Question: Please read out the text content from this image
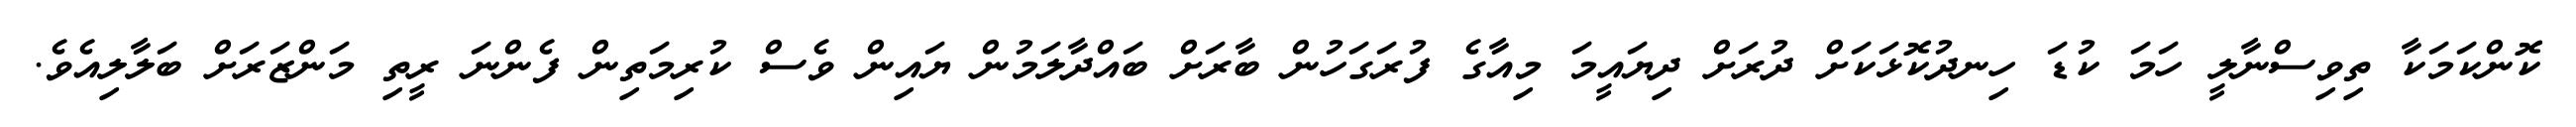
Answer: ކޮންކަމަކާ ތިވިސްނާލީ ހަމަ ކުޑަ ހިނދުކޮޅަކަށް ދުރަށް ދިޔައީމަ މިއާގެ ފުރަގަހުން ބާރަށް ބައްދާލަމުން ޔައިން ވެސް ކުރިމަތިން ފެންނަ ރީތި މަންޒަރަށް ބަލާލިއެވެ.